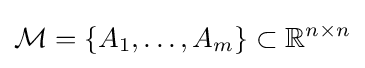
{\mathcal {M}}=\{A_{1},\dots ,A_{m}\}\subset \mathbb {R} ^{n\times n}